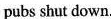
pubs shut down.